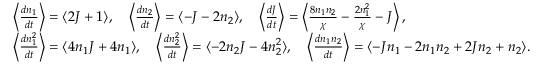
\begin{array} { r l r } & { \left\langle \frac { d n _ { 1 } } { d t } \right\rangle = \langle 2 J + 1 \rangle , \quad \left\langle \frac { d n _ { 2 } } { d t } \right\rangle = \langle - J - 2 n _ { 2 } \rangle , \quad \left\langle \frac { d J } { d t } \right\rangle = \left\langle \frac { 8 n _ { 1 } n _ { 2 } } { \chi } - \frac { 2 n _ { 1 } ^ { 2 } } { \chi } - J \right\rangle , } & \\ & { \left\langle \frac { d n _ { 1 } ^ { 2 } } { d t } \right\rangle = \langle 4 n _ { 1 } J + 4 n _ { 1 } \rangle , \quad \left\langle \frac { d n _ { 2 } ^ { 2 } } { d t } \right\rangle = \langle - 2 n _ { 2 } J - 4 n _ { 2 } ^ { 2 } \rangle , \quad \left\langle \frac { d n _ { 1 } n _ { 2 } } { d t } \right\rangle = \langle - J n _ { 1 } - 2 n _ { 1 } n _ { 2 } + 2 J n _ { 2 } + n _ { 2 } \rangle . } & \end{array}